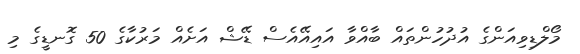
މޯލްޑިވިއަންގެ އުދުހުންތައް ބާއްވާ އައިއޭއެސް ޑޭޝް އަށެއް މަރުކާގެ 50 ގޮނޑީގެ މި